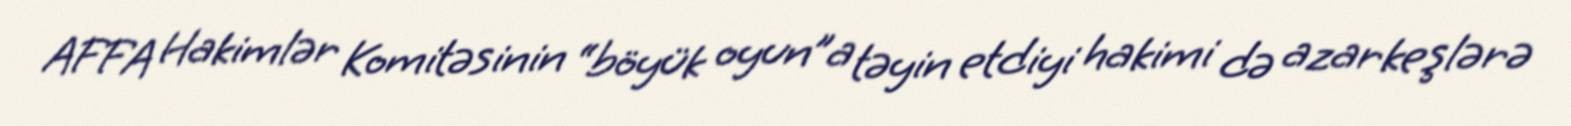
AFFA Hakimlər Komitəsinin “böyük oyun”a təyin etdiyi hakimi də azarkeşlərə